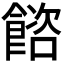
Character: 𩜴